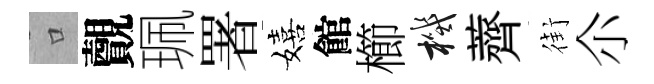
口覿珮署嬉館櫛機薺街尒